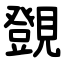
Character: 覴